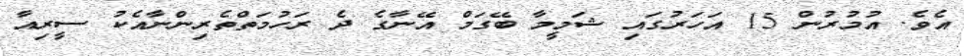
އެވެ. އުމުރުން 15 އަހަރުގައި ޝަމީމާ ބޭގަމް އޭނާގެ ދެ ރަހުމަތްތެރިންނާއެކު ސީރިއާ